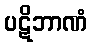
ပဋိဘာဏံ